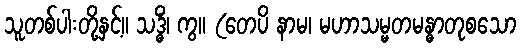
သူတစ်ပါးတို့နှင့်။ သဒ္ဓိံ၊ ကွ။ (တေပိ နာမ၊ မဟာသမ္မတမန္ဓာတုစသော